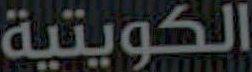
الكويتية